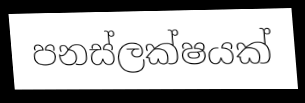
පනස්ලක්ෂයක්